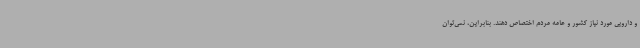
و دارویی مورد نیاز کشور و عامه مردم اختصاص دهند. بنابراین، نمی‌توان